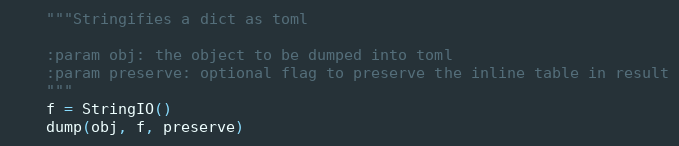
Language: Python
    """Stringifies a dict as toml

    :param obj: the object to be dumped into toml
    :param preserve: optional flag to preserve the inline table in result
    """
    f = StringIO()
    dump(obj, f, preserve)